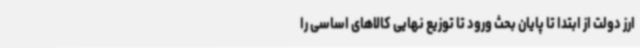
ارز دولت از ابتدا تا پایان بحث ورود تا توزیع نهایی کالاهای اساسی را